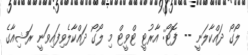
ލޯގޯ ދައްކާލަނީ -- ފޮޓޯ: އާރުޓީ ޓްވީޓް މި ލޯގޯ ދައްކާލެވިފައިވަނީ ރަޝިއާގެ